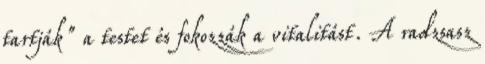
tartják" a testet és fokozzák a vitalitást. A radzsasz